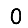
Digit: 0